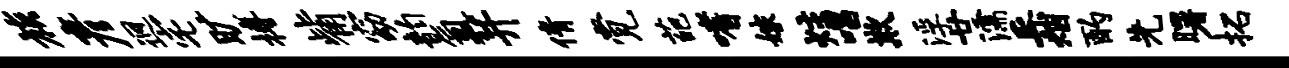
族彦迥宅旷搏觜窈韵氲并倩觉葩嗜嫁炷唱欺浮廿濡采烟酌先曙拓